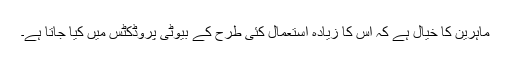
ماہرین کا خیال ہے کہ اس کا زیادہ استعمال کئی طرح کے بیوٹی پروڈکٹس میں کیا جاتا ہے۔